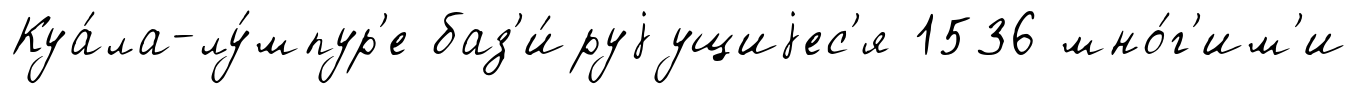
Куа́ла-лу́мпур'е баз'и́руjущиjес'я 1536 мно́г'им'и